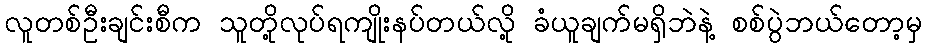
လူတစ်ဦးချင်းစီက သူတို့လုပ်ရကျိုးနပ်တယ်လို့ ခံယူချက်မရှိဘဲနဲ့ စစ်ပွဲဘယ်တော့မှ